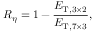
R _ { \eta } = 1 - \frac { E _ { \mathrm { T } , 3 \times 2 } } { E _ { \mathrm { T } , 7 \times 3 } } ,